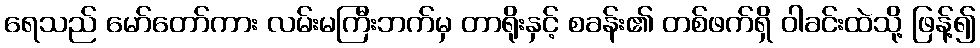
ရေသည် မော်တော်ကား လမ်းမကြီးဘက်မှ တာရိုးနှင့် စခန်း၏ တစ်ဖက်ရှိ ဝါခင်းထဲသို့ ဖြန့်၍